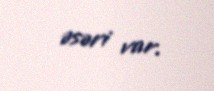
əsəri var.